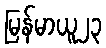
မြန်မာယူ၂၃